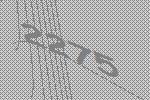
2275